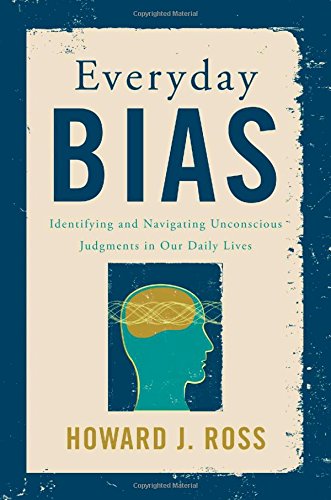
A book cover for Everyday Bias: Identifying and Navigating Unconscious Judgments in Our Daily Lives; Howard J. Ross; Business & Money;